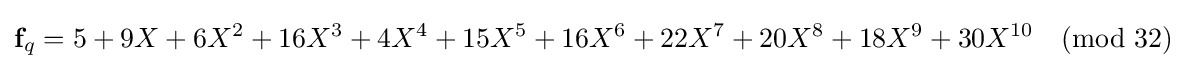
{\textbf {f}}_{q}=5+9X+6X^{2}+16X^{3}+4X^{4}+15X^{5}+16X^{6}+22X^{7}+20X^{8}+18X^{9}+30X^{10}{\pmod {32}}